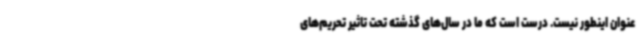
عنوان اینطور نیست. درست است که ما در سال‌های گذشته تحت تاثیر تحریم‌های